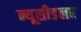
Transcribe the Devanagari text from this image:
न्यूसीडलर